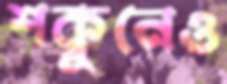
শকুনেও